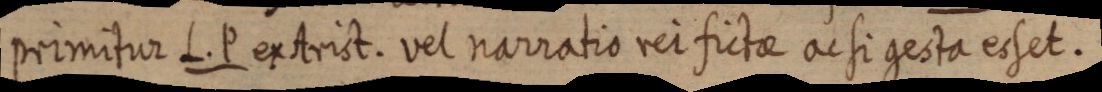
primitur L. P. ex Arist. vel narratio rei fictae ac si gesta esset.